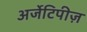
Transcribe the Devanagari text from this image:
अर्जेटिपीज़